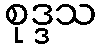
စုဒ္ဒသ